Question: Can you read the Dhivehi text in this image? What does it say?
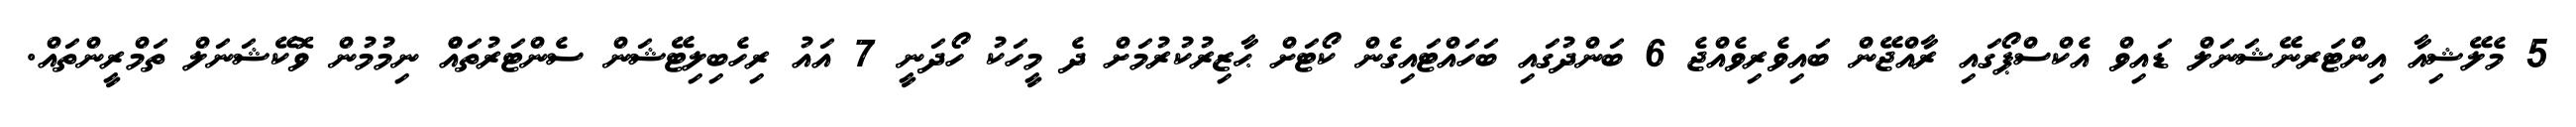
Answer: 5 މެލޭޝިއާ އިންޓަރނޭޝަނަލް ޑައިވް އެކްސްޕޯގައި ރާއްޖޭން ބައިވެރިވެއްޖެ 6 ބަންދުގައި ބަހައްޓައިގެން ކޯޓަށް ޙާޒިރުކުރުމަށް ދެ މީހަކު ހޯދަނީ 7 އައު ރިހެބިލިޓޭޝަން ސެންޓަރުތައްް ނިމުމުން ވޮކޭޝަނަލް ތަމްރީންތައް.